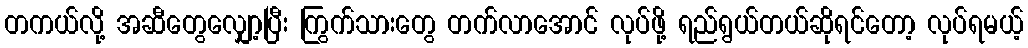
တကယ်လို့ အဆီတွေလျှော့ပြီး ကြွက်သားတွေ တက်လာအောင် လုပ်ဖို့ ရည်ရွယ်တယ်ဆိုရင်တော့ လုပ်ရမယ့်